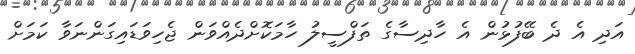
އަދި އެ ދެ ބޭފުޅުން އެ ހާދިސާގެ ތަފްސީލު ހާމަކޮށްދެއްވަން ޖެހިވަޑައިގަންނަވާ ކަމަށް